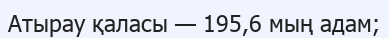
Атырау қаласы — 195,6 мың адам;